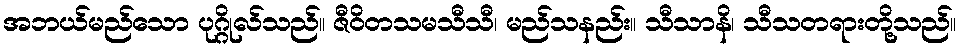
အဘယ်မည်သော ပုဂ္ဂိုလ်သည်။ ဇီဝိတသမသီသီ၊ မည်သနည်း။ သီသာနိ၊ သီသတရားတို့သည်။